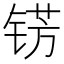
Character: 𮸐